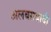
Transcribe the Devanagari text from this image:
अलबग़दादी